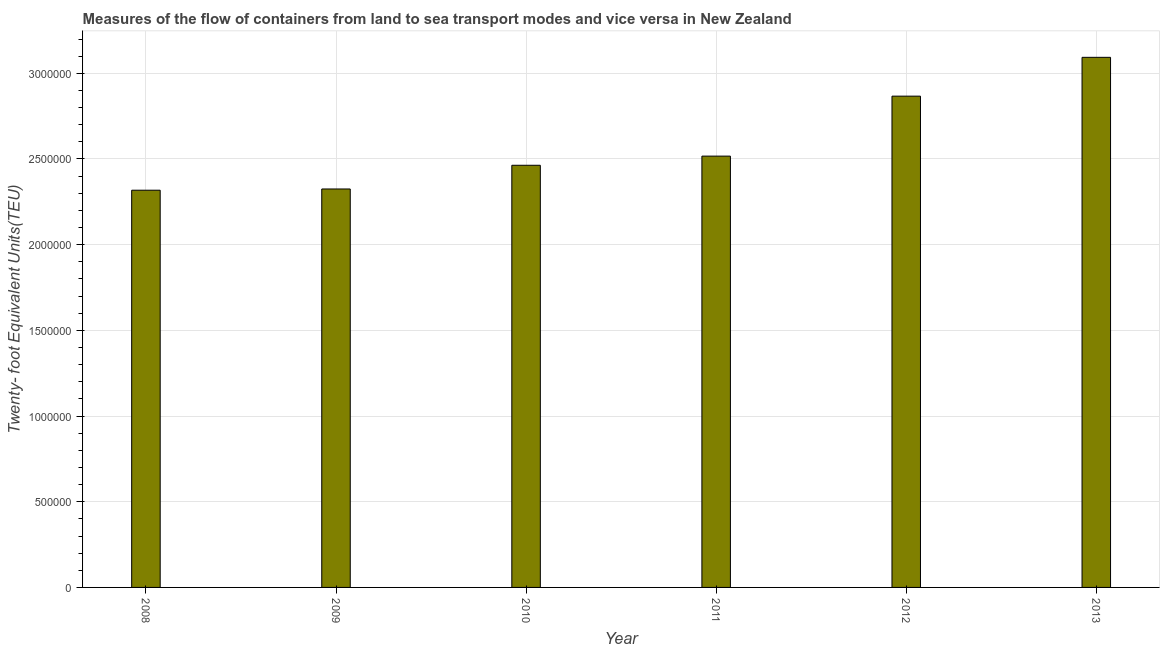
| Year | Container port traffic |
 | --- | --- |
 | 2008 | 2.32e+06 |
 | 2009 | 2.32e+06 |
 | 2010 | 2.46e+06 |
 | 2011 | 2.52e+06 |
 | 2012 | 2.87e+06 |
 | 2013 | 3.09e+06 |